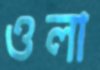
ওলা